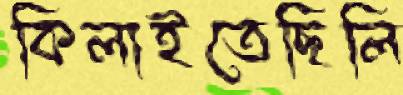
কিলাইতেছিলি